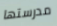
مدرستها